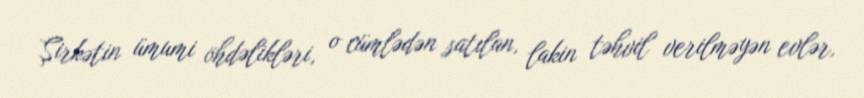
Şirkətin ümumi öhdəlikləri, o cümlədən satılan, lakin təhvil verilməyən evlər,